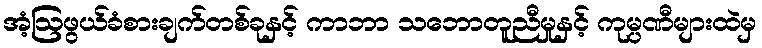
အံ့ဩဖွယ်ခံစားချက်တစ်ခုနှင့် ကာဘာ သဘောတူညီမှုနှင့် ကုမ္ပဏီများထဲမှ